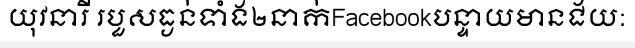
យុវនារី របួសធ្ងន់ទាំង២នាក់Facebookបន្ទាយមានជ័យ: